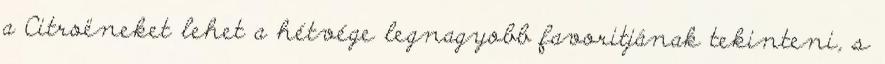
a Citroëneket lehet a hétvége legnagyobb favoritjának tekinteni, s